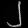
Digit: ၂